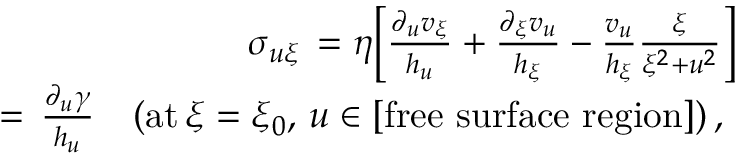
\begin{array} { r l r } & { } & { \sigma _ { u \xi } \, = \eta \Big [ \frac { \partial _ { u } v _ { \xi } } { h _ { u } } + \frac { \partial _ { \xi } v _ { u } } { h _ { \xi } } - \frac { v _ { u } } { h _ { \xi } } \frac { \xi } { \xi ^ { 2 } + u ^ { 2 } } \Big ] \ } \\ & { } & { = \, \frac { \partial _ { u } \gamma } { h _ { u } } \quad ( { \mathrm { a t } } \, \xi = \xi _ { 0 } , \, u \in [ { \mathrm { f r e e ~ s u r f a c e ~ r e g i o n } } ] ) \, , \ \ } \end{array}